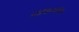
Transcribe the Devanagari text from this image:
२५७०४९०